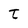
Character: t